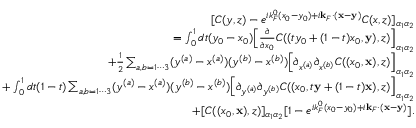
\begin{array} { r l r } & { } & { [ C ( y , z ) - e ^ { i k _ { F } ^ { 0 } ( x _ { 0 } - y _ { 0 } ) + i { \bf k } _ { F } \cdot ( { \bf x } - { \bf y } ) } C ( x , z ) ] _ { \alpha _ { 1 } \alpha _ { 2 } } } \\ & { } & { = \int _ { 0 } ^ { 1 } d t ( y _ { 0 } - x _ { 0 } ) \Big [ \frac { \partial } { \partial x _ { 0 } } C ( ( t y _ { 0 } + ( 1 - t ) x _ { 0 } , { \bf y } ) , z ) \Big ] _ { \alpha _ { 1 } \alpha _ { 2 } } } \\ & { } & { + \frac 1 2 \sum _ { a , b = 1 \cdots 3 } ( y ^ { ( a ) } - x ^ { ( a ) } ) ( y ^ { ( b ) } - x ^ { ( b ) } ) \Big [ \partial _ { x ^ { ( a ) } } \partial _ { { x } ^ { ( b ) } } C ( ( x _ { 0 } , { \bf x } ) , z ) \Big ] _ { \alpha _ { 1 } \alpha _ { 2 } } } \\ & { } & { + \int _ { 0 } ^ { 1 } d t ( 1 - t ) \sum _ { a , b = 1 \cdots 3 } ( y ^ { ( a ) } - x ^ { ( a ) } ) ( y ^ { ( b ) } - x ^ { ( b ) } ) \Big [ \partial _ { y ^ { ( a ) } } \partial _ { { y } ^ { ( b ) } } C ( ( x _ { 0 } , t { \bf y } + ( 1 - t ) { \bf x } ) , z ) \Big ] _ { \alpha _ { 1 } \alpha _ { 2 } } } \\ & { } & { + [ C ( ( x _ { 0 } , { \bf x } ) , z ) ] _ { \alpha _ { 1 } \alpha _ { 2 } } [ 1 - e ^ { i k _ { F } ^ { 0 } ( x _ { 0 } - y _ { 0 } ) + i { \bf k } _ { F } \cdot ( { \bf x } - { \bf y } ) } ] . } \end{array}